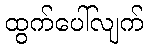
ထွက်ပေါ်လျက်